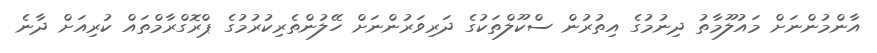
އާންމުންނަށް މައުލޫމާތު ދިނުމުގެ އިތުރުން ސްކޫލްތަކުގެ ދަރިވަރުންނަށް ހޭލުންތެރިކުރުމުގެ ޕްރޮގްރާމްތައް ކުރިއަށް ދާނެ